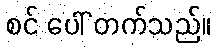
စင် ပေါ် တက်သည်။